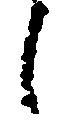
候